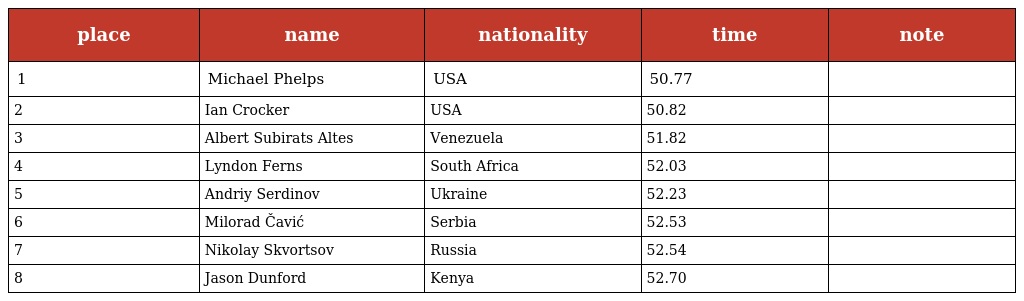
| place | name | nationality | time | note |
 | --- | --- | --- | --- | --- |
 | 1 | Michael Phelps | USA | 50.77 |  |
 | 2 | Ian Crocker | USA | 50.82 |  |
 | 3 | Albert Subirats Altes | Venezuela | 51.82 |  |
 | 4 | Lyndon Ferns | South Africa | 52.03 |  |
 | 5 | Andriy Serdinov | Ukraine | 52.23 |  |
 | 6 | Milorad Čavić | Serbia | 52.53 |  |
 | 7 | Nikolay Skvortsov | Russia | 52.54 |  |
 | 8 | Jason Dunford | Kenya | 52.70 |  |